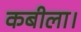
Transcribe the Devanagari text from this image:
कबीला।